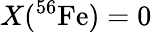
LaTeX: X(^{56}\mathrm{Fe})=0